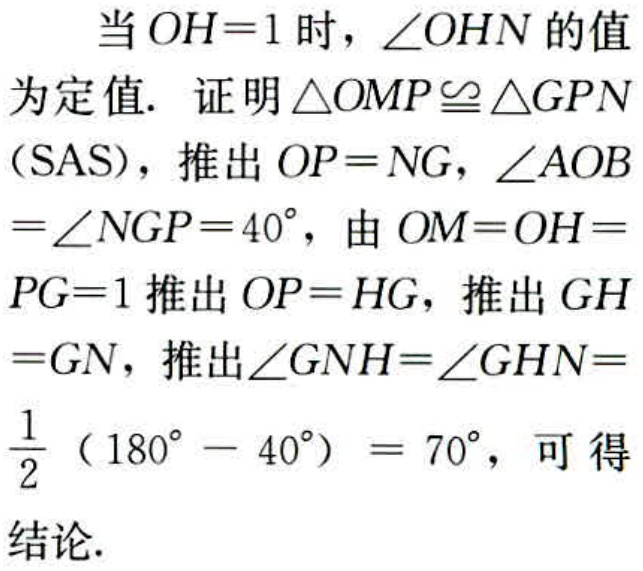
当 \(OH = 1\) 时，\(\angle OHN\) 的值为定值. 证明 \(\triangle OMP\cong\triangle GPN\)（SAS），推出 \(OP = NG\)，\(\angle AOB=\angle NGP = 40^{\circ}\)，由 \(OM = OH = PG = 1\) 推出 \(OP = HG\)，推出 \(GH = GN\)，推出 \(\angle GNH=\angle GHN=\frac{1}{2}(180^{\circ}-40^{\circ}) = 70^{\circ}\)，可得结论.